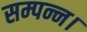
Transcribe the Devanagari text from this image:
सम्पन्न।